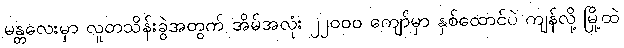
မန္တလေးမှာ လူတသိန်းခွဲအတွက် အိမ်အလုံး ၂၂၀၀၀ ကျော်မှာ နှစ်ထောင်ပဲ ကျန်လို့ မြို့ထဲ